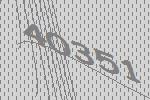
40351